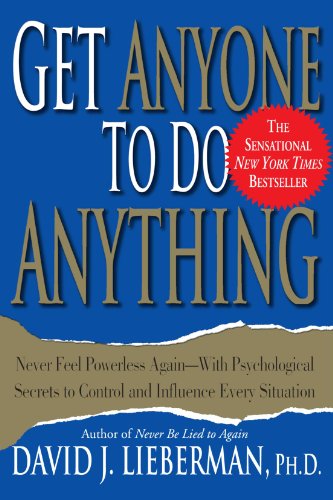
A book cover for Get Anyone to Do Anything: Never Feel Powerless Again--With Psychological Secrets to Control and Influence Every Situation; David J. Lieberman; Self-Help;